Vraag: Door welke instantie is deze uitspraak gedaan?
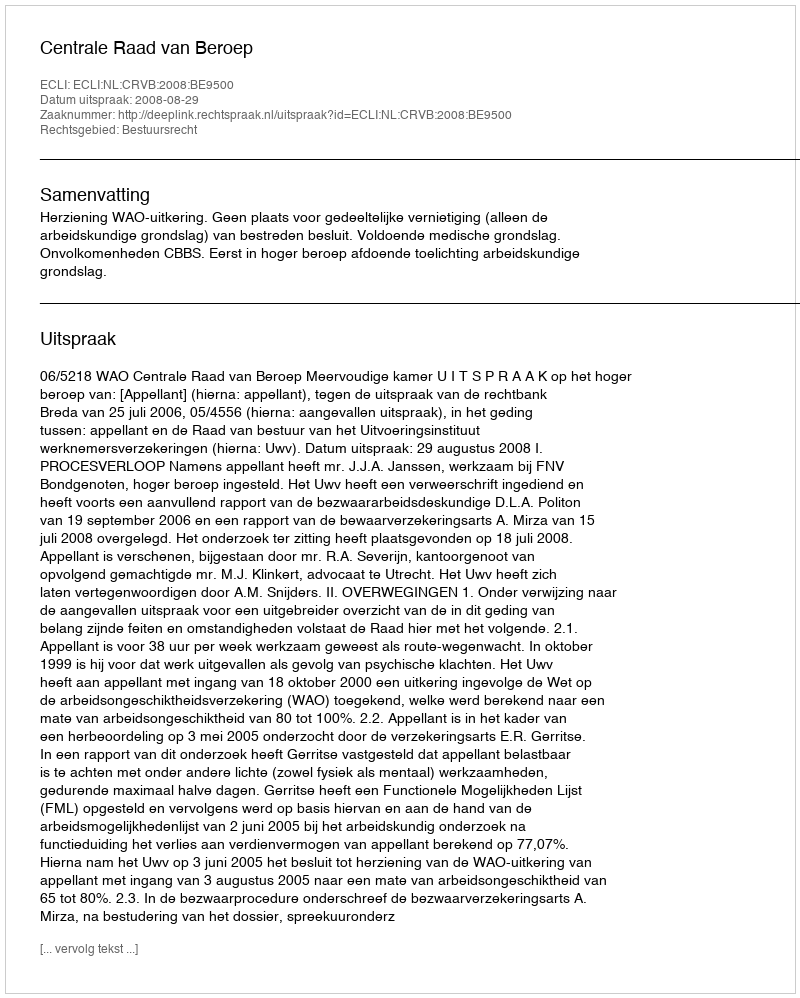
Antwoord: Centrale Raad van Beroep